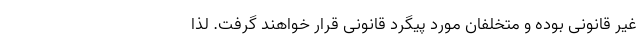
غیر قانونی بوده و متخلفان مورد پیگرد قانونی قرار خواهند گرفت. لذا